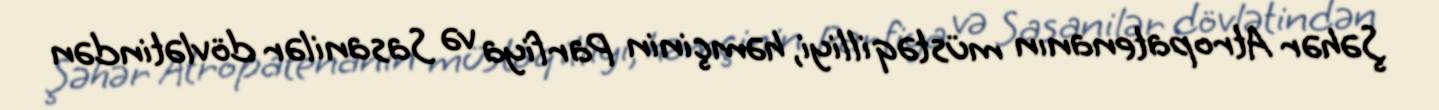
Şəhər Atropatenanın müstəqilliyi, həmçinin Parfiya və Sasanilər dövlətindən